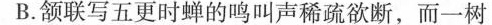
B.颔联写五更时蝉的鸣叫声稀疏欲断，而一树